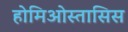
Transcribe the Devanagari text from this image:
होमिओस्तासिस